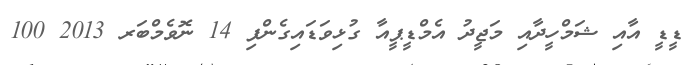
ޑީޑީ އާއި ޝަމްހީދާއި މަޖީދު އެމްޑީޕީއާ ގުޅިވަޑައިގެންފި 14 ނޮވެމްބަރ 2013 100